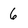
Character: 6